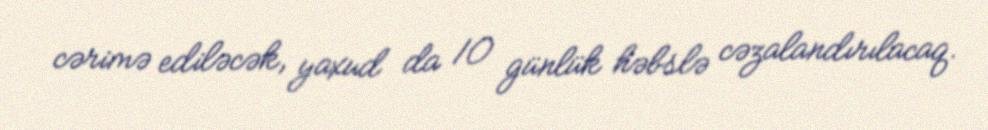
cərimə ediləcək, yaxud da 10 günlük həbslə cəzalandırılacaq.